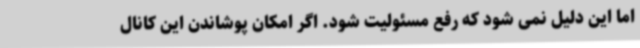
اما این دلیل نمی شود که رفع مسئولیت شود. اگر امکان پوشاندن این کانال